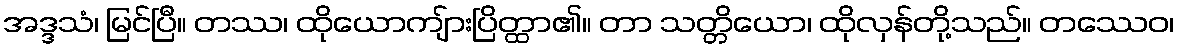
အဒ္ဒသံ၊ မြင်ပြီ။ တဿ၊ ထိုယောကျ်ားပြိတ္ထာ၏။ တာ သတ္တိယော၊ ထိုလှန်တို့သည်။ တဿေဝ၊